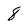
Character: 8